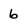
Character: 6